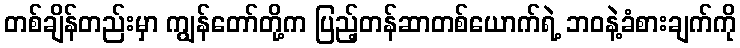
တစ်ချိန်တည်းမှာ ကျွန်တော်တို့က ပြည့်တန်ဆာတစ်ယောက်ရဲ့ ဘဝနဲ့ခံစားချက်ကို